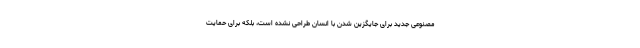
مصنوعی جدید برای جایگزین شدن با انسان طراحی نشده است، بلکه برای حمایت